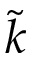
\tilde { k }